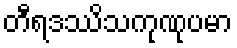
တီရဒဿိသကုဏုပမာ